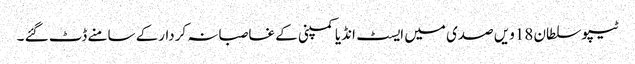
ٹیپو سلطان 18ویں صدی میں ایسٹ انڈیا کمپنی کے غاصبانہ کردارکے سامنے ڈٹ گئے ۔